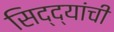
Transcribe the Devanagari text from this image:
सिद्द्यांची